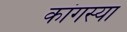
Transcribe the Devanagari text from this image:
कांगस्या